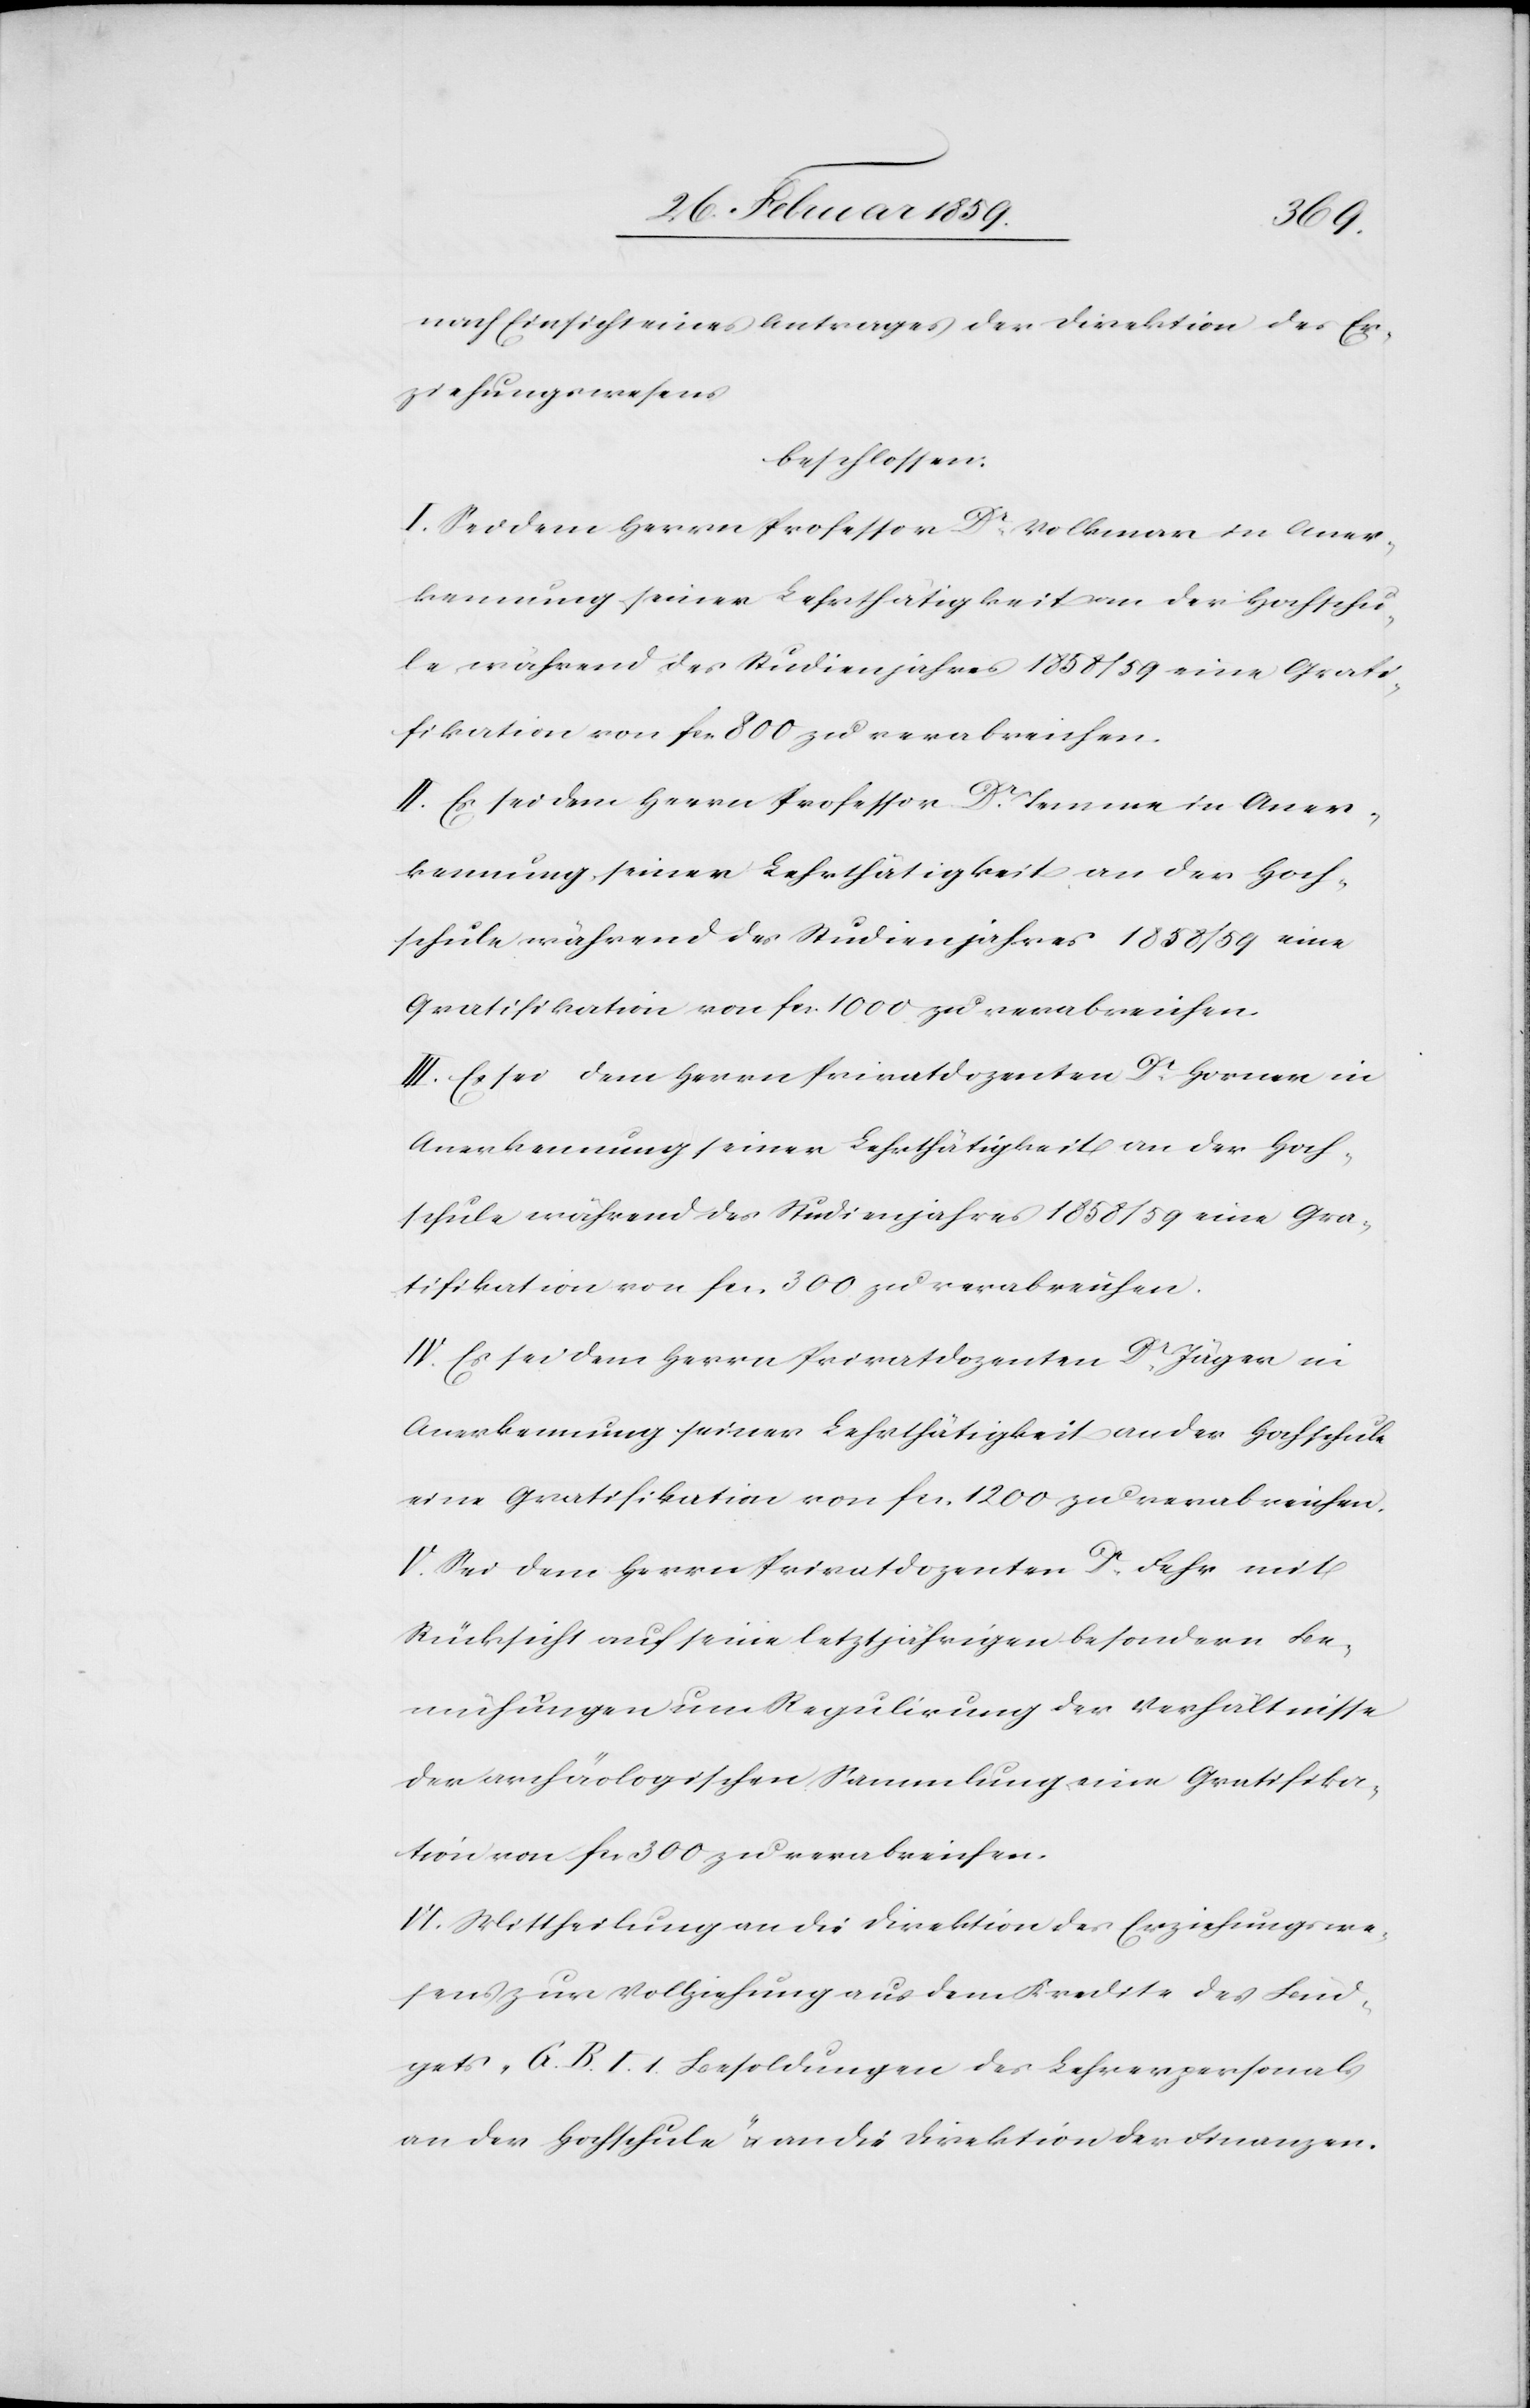
nach Einsicht eines Antrages des Direktion des Er¬
ziehungswesens
beschlossen:
I. Sei dem Herrn Professor Dr. Volkmar in Aner¬
kennung seiner Lehrthätigkeit an der Hochschu¬
le während des Studienjahres 1858/59 eine Grati¬
fikation von fcs. 800 zu verabreichen.
II. Es sei dem Herrn Professor Dr. Tanner in Aner¬
kennung seiner Lehrthätigkeit an der Hoch¬
schule während des Studienjahres 1858/59 eine
Gratifikation von fcs. 1000 zu verabreichen.
III. Es sei dem Herrn Privatdozenten Dr. Horner in
Anerkennung seiner Lehrthätigkeit an der Hoch¬
schule während des Studienjahres 1858/59 eine Gra¬
tifikation von fcs. 300 zu verabreichen.
IV. Es sei dem Herrn Privatdozenten Dr. Jäger in
Anerkennung seiner Lehrthätigkeit an der Hochschule
eine Gratifikation von fcs. 1200 zu verabreichen.
V. Sei dem Herrn Privatdozenten Dr. Fehr mit
Rücktritt auf seine letztjährigen besondern Be¬
mühungen um Regulirung der Verhältnisse
der archäologischen Sammlung eine Gratifika¬
tion von fcs. 300 zu verabreichen.
VI. Mittheilung an die Direktion des Erziehungswe¬
sens zur Vollziehung aus dem Kredite des Bud¬
gets „G. B. I. 1. Besoldungen des Lehrerpersonals
an der Hochschule“ u. an die Direktion der Finanzen.